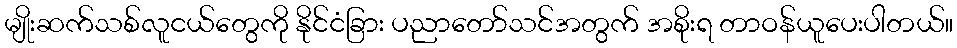
မျိုးဆက်သစ်လူငယ်တွေကို နိုင်ငံခြား ပညာတော်သင်အတွက် အစိုးရ တာဝန်ယူပေးပါတယ်။